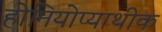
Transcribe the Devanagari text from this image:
होमियोप्याथीक